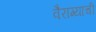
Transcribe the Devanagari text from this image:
वैराग्‍याची